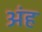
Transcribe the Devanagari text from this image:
अंह